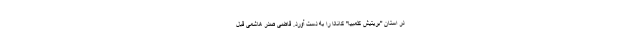
در استان "بریتیش کلمبیا" کانادا را به دست آورد. قاضی صدر هاشمی قبل